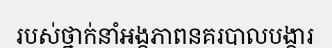
របស់ថ្នាក់នាំអង្គភាពនគរបាលបង្ការ